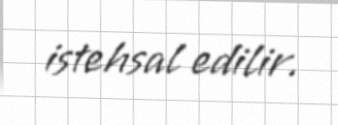
istehsal edilir.